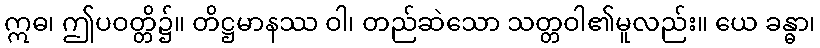
ဣဓ၊ ဤပဝတ္တိ၌။ တိဋ္ဌမာနဿ ဝါ၊ တည်ဆဲသော သတ္တဝါ၏မူလည်း။ ယေ ခန္ဓာ၊